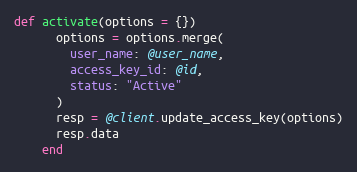
Language: Ruby
def activate(options = {})
      options = options.merge(
        user_name: @user_name,
        access_key_id: @id,
        status: "Active"
      )
      resp = @client.update_access_key(options)
      resp.data
    end